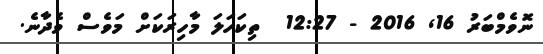
ނޮވެމްބަރު 16